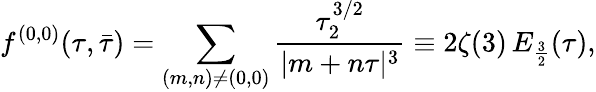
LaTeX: {f^{(0,0)}(\tau,\bar{\tau})=\sum_{(m,n)\ne(0,0)}{\frac{\tau_{2}^{3/2}}{|m+n\tau|^{3}}}\equiv 2\zeta(3)\, E_{\frac{3}{2}}(\tau),}